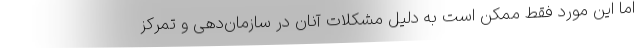
اما این مورد فقط ممکن است به دلیل مشکلات آنان در سازمان‌دهی و تمرکز